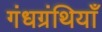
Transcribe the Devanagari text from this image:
गंधग्रंथियाँ